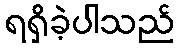
ရရှိခဲ့ပါသည်